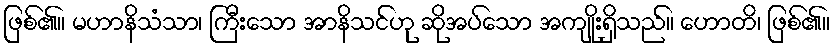
ဖြစ်၏။ မဟာနိသံသာ၊ ကြီးသော အာနိသင်ဟု ဆိုအပ်သော အကျိုးရှိသည်။ ဟောတိ၊ ဖြစ်၏။